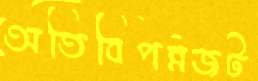
অতিবিপন্নজট